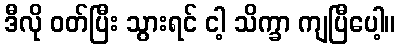
ဒီလို ဝတ်ပြီး သွားရင် ငါ့ သိက္ခာ ကျပြီပေါ့။